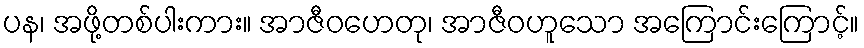
ပန၊ အဖို့တစ်ပါးကား။ အာဇီဝဟေတု၊ အာဇီဝဟူသော အကြောင်းကြောင့်။